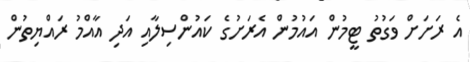
އެ ރަށަށް ވަގުތު ޓީމުން އައުމުން އެރަށުގެ ކައުންސިލާއި އަދި އާއްމު ރައްޔިތުން